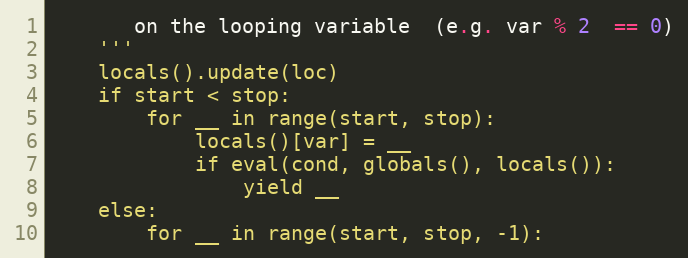
Language: Python
       on the looping variable  (e.g. var % 2  == 0)
    '''
    locals().update(loc)
    if start < stop:
        for __ in range(start, stop):
            locals()[var] = __
            if eval(cond, globals(), locals()):
                yield __
    else:
        for __ in range(start, stop, -1):